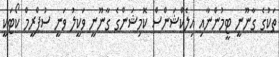
ތަކުގެ ގާނޫނީ ޓީމުންނާއި އިލެކްޝަންސް ކޮމިޝަންގެ ގާނޫނީ ވަކީލު ވަނީ ސުޕްރީމް ކޯޓަކީ